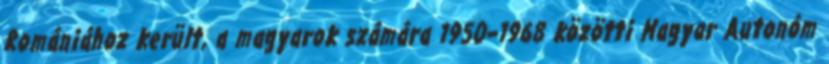
Romániához került, a magyarok számára 1950–1968 közötti Magyar Autonóm